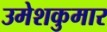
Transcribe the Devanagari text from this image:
उमेशकुमार